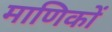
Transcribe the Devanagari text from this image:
माणिकों